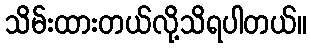
သိမ်းထားတယ်လို့သိရပါတယ်။